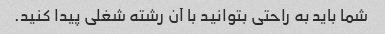
شما باید به راحتی بتوانید با آن رشته شغلی پیدا کنید.